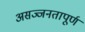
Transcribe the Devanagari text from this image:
असज्जनतापूर्ण